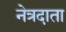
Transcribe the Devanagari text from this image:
नेत्रदाता